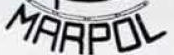
MARPOL